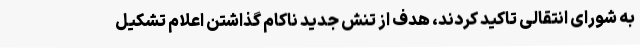
به شورای انتقالی تاکید کردند، هدف از تنش جدید ناکام گذاشتن اعلام تشکیل